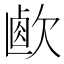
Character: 𣣸